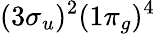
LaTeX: (3\sigma_{u})^{2}(1\pi_{g})^{4}